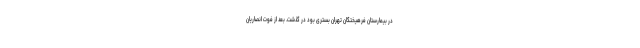
در بیمارستان فرهیختگان تهران بستری بود در گذشت. بعد از فوت انصاریان